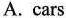
A. cars